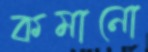
কমানো